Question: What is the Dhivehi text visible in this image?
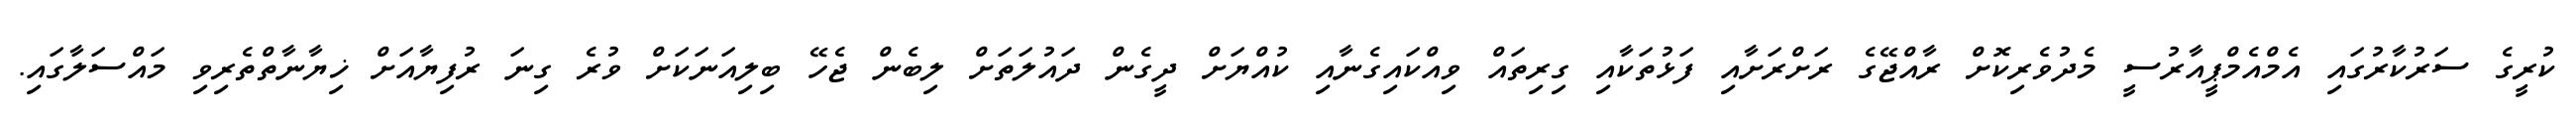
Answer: ކުރީގެ ސަރުކާރުގައި އެމްއެމްޕީއާރުސީ މެދުވެރިކޮށް ރާއްޖޭގެ ރަށްރަށާއި ފަޅުތަކާއި ގިރިތައް ވިއްކައިގެނާއި ކުއްޔަށް ދީގެން ދައުލަތަށް ލިބެން ޖެހޭ ބިލިއަނަކަށް ވުރެ ގިނަ ރުފިޔާއަށް ޚިޔާނާތްތެރިވި މައްސަލާގައި.